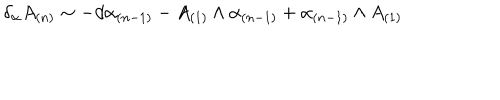
LaTeX: \delta _ { \alpha } A _ { ( n ) } \sim - d \alpha _ { ( n - 1 ) } - A _ { ( 1 ) } \wedge \alpha _ { ( n - 1 ) } + \alpha _ { ( n - 1 ) } \wedge A _ { ( 1 ) }